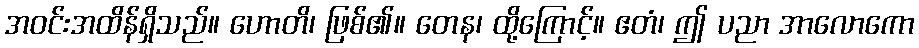
အဝင်းအထိန်ရှိသည်။ ဟောတိ၊ ဖြစ်၏။ တေန၊ ထို့ကြောင့်။ ဧတံ၊ ဤ ပညာ အာလောကော